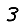
Digit: 3